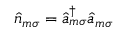
\hat { n } _ { m \sigma } = \hat { a } _ { m \sigma } ^ { \dagger } \hat { a } _ { m \sigma }